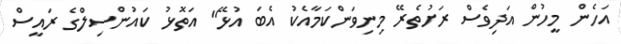
އަހެން މީހުން އަދިވެސް ރަށުތެރޭ މިނިވަންކަމާއެކު އެބަ އުޅޭ" އަތޮޅު ކައުންސިލްގެ ރައީސް